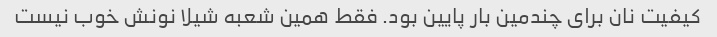
کیفیت نان برای چندمین بار پایین بود. فقط همین شعبه شیلا نونش خوب نیست